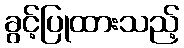
ခွင့်ပြုထားသည့်